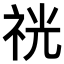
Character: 𥙑